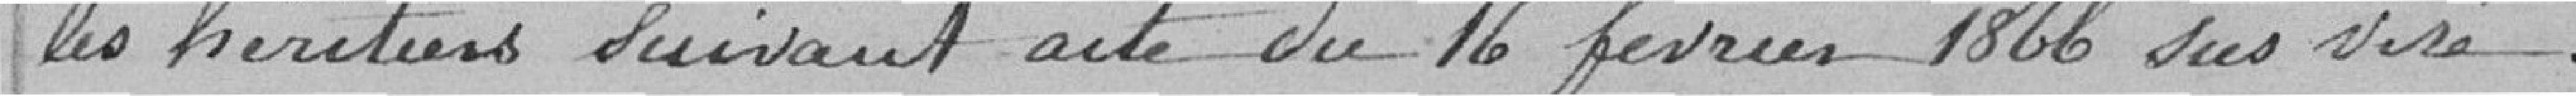
les héritiers suivant acte du 16 février 1866 sus visé.